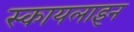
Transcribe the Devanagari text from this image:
स्कायलाइन